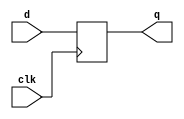
module ffq (clk, d, q);
   parameter WIDTH = 32;
   input clk;
   input [WIDTH-1:0] d;
   output [WIDTH-1:0] q;
   reg [WIDTH-1:0]    qr;
   always @(posedge clk)
     qr <= d;
   assign q = qr;
endmodule